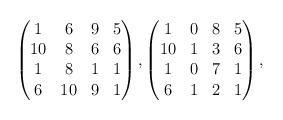
LaTeX: \begin{align*}\begin{pmatrix}1&6&9&5\\10&8&6&6\\1&8&1&1\\6&10&9&1\end{pmatrix}, \begin{pmatrix}1&0&8&5\\10&1&3&6\\1&0&7&1\\6&1&2&1\end{pmatrix},\end{align*}